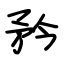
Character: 矜